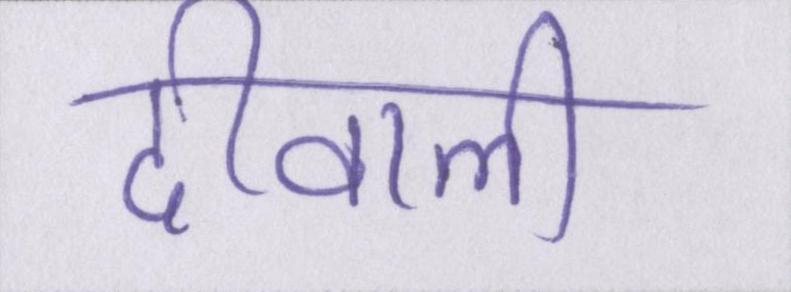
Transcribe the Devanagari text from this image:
दीवाली